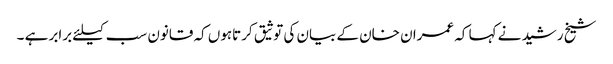
شیخ رشید نے کہا کہ عمران خان کے بیان کی توثیق کرتاہوں کہ قانون سب کیلئے برابر ہے ۔